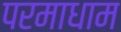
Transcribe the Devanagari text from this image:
परमाधाम